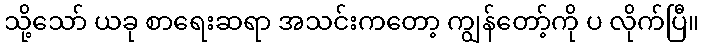
သို့သော် ယခု စာရေးဆရာ အသင်းကတော့ ကျွန်တော့်ကို ပ လိုက်ပြီ။